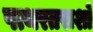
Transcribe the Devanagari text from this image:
पत्थरतराशों